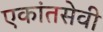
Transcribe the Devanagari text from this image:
एकांतसेवी